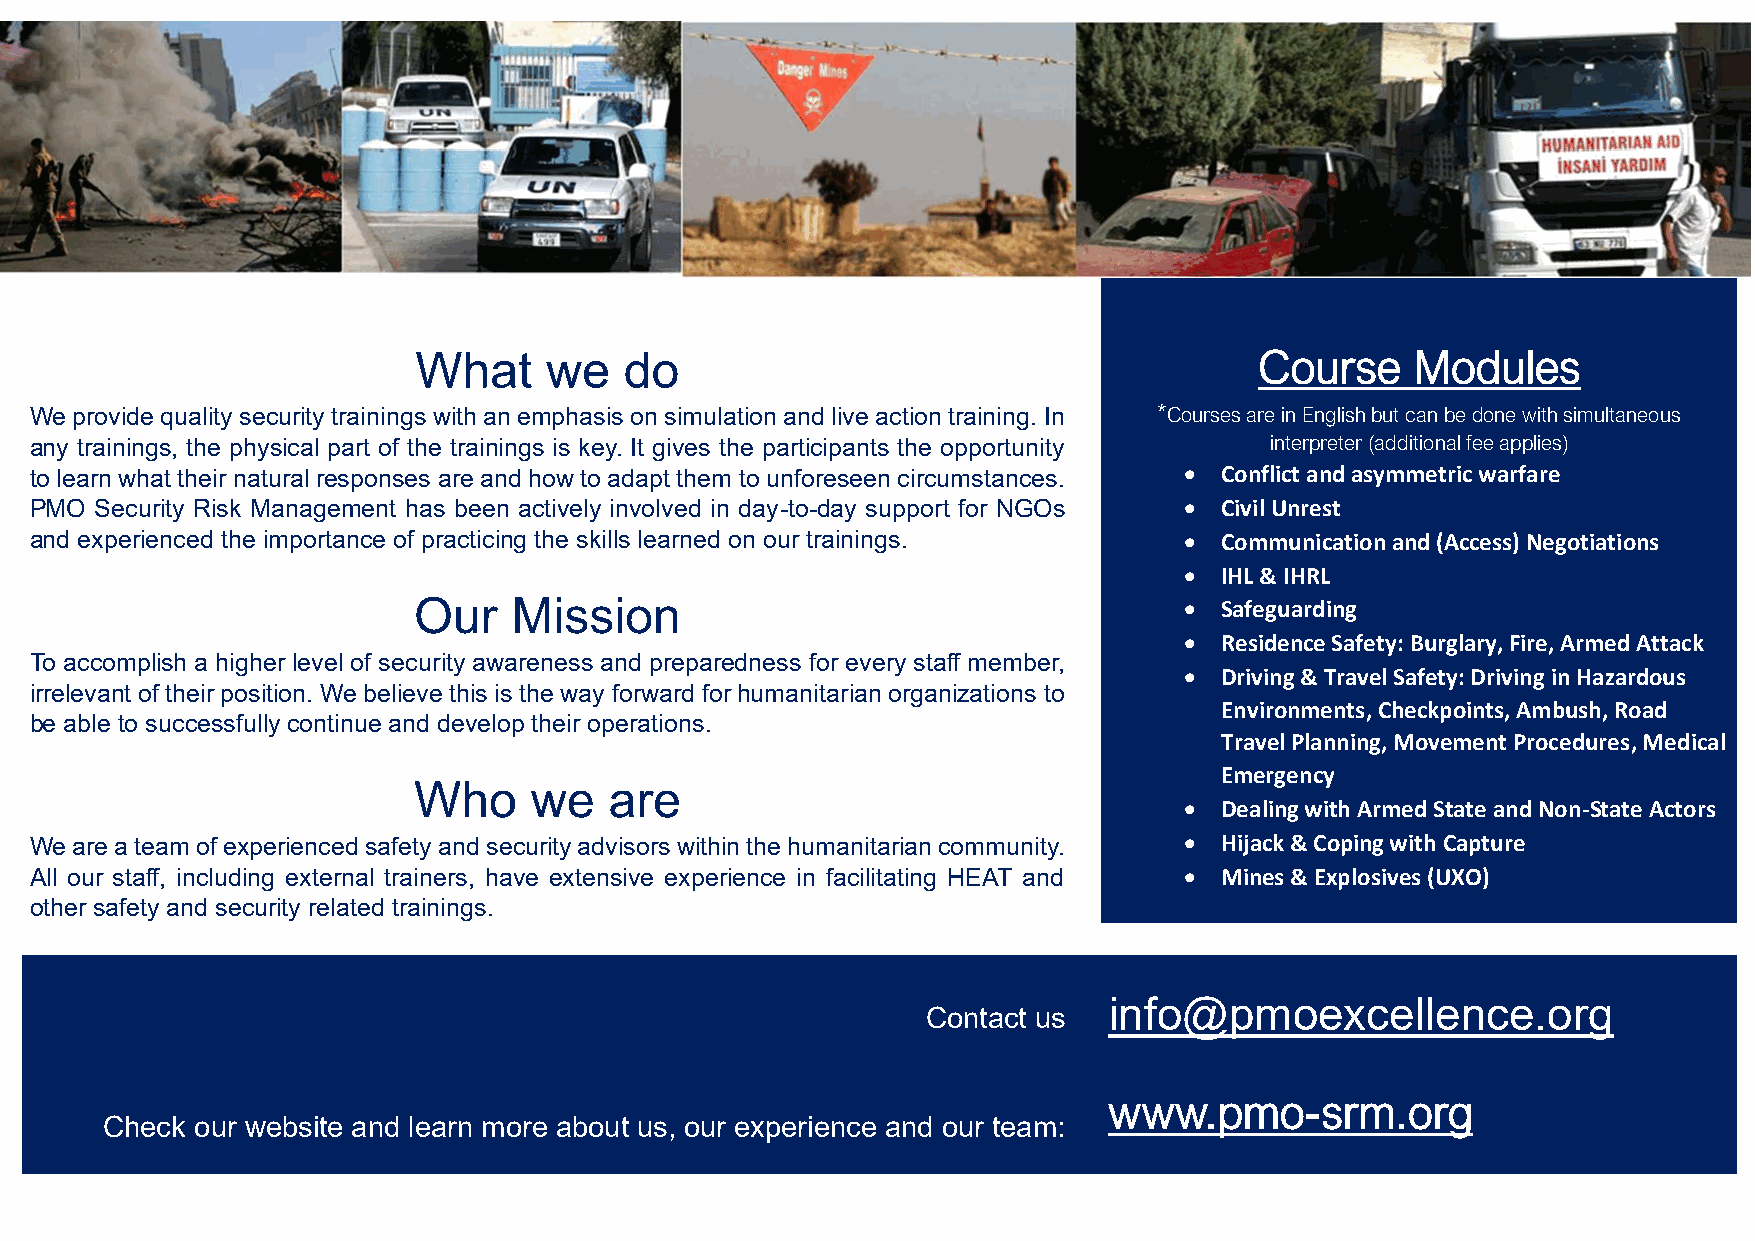
What     we   do                                        Course     Modules
 We provide quality security trainings with an emphasis on simulation and live action training. In *Courses are in English but can be done with simultaneous
 any trainings, the physical part of the trainings is key. It gives the participants the opportunity interpreter (additional fee applies)
 to learn what their natural responses are and how to adapt them to unforeseen circumstances. • Conflict and asymmetric warfare
 PMO Security Risk Management has been actively involved in day-to-day support for NGOs • Civil Unrest
 and experienced the importance of practicing the skills learned on our trainings. • Communication and (Access) Negotiations
 •  IHL & IHRL
 Our    Mission                                     •  Safeguarding
 •  Residence Safety: Burglary, Fire, Armed Attack
 To accomplish a higher level of security awareness and preparedness for every staff member,
 •  Driving & Travel Safety: Driving in Hazardous
 irrelevant of their position. We believe this is the way forward for humanitarian organizations to
 Environments, Checkpoints, Ambush, Road
 be able to successfully continue and develop their operations.
 Travel Planning, Movement Procedures, Medical
 Emergency
 Who     we   are
 •  Dealing with Armed State and Non-State Actors
 We are a team of experienced safety and security advisors within the humanitarian community. • Hijack & Coping with Capture
 All our staff, including external trainers, have extensive experience in facilitating HEAT and • Mines & Explosives (UXO)
 other safety and security related trainings.
 info@pmoexcellence.org
 Contact us
 www.pmo-srm.org
 Check our website and learn more about us, our experience and our team: